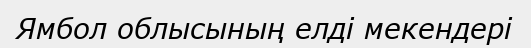
Ямбол облысының елді мекендері